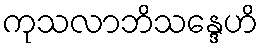
ကုသလာဘိသန္ဒေဟိ